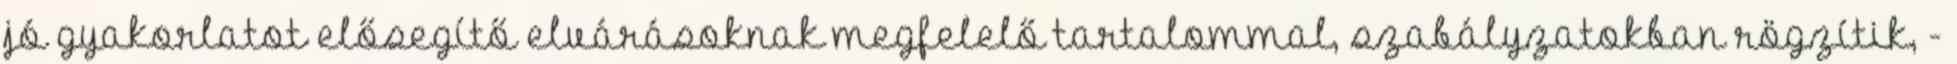
jó gyakorlatot elősegítő elvárásoknak megfelelő tartalommal, szabályzatokban rögzítik, -